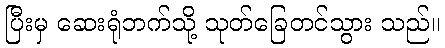
ပြီးမှ ဆေးရုံဘက်သို့ သုတ်ခြေတင်သွား သည်။